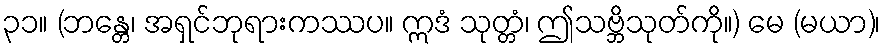
၃၁။ (ဘန္တေ၊ အရှင်ဘုရားကဿပ။ ဣဒံ သုတ္တံ၊ ဤသဗ္ဘိသုတ်ကို။) မေ (မယာ)၊